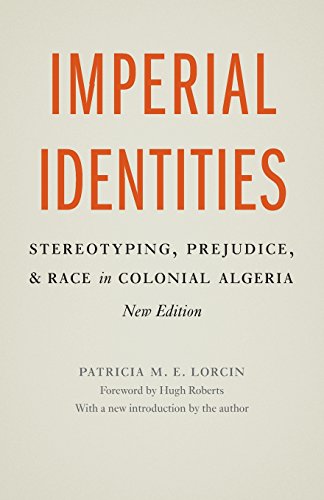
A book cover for Imperial Identities: Stereotyping, Prejudice, and Race in Colonial Algeria, New Edition; Patricia M. E. Lorcin; History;